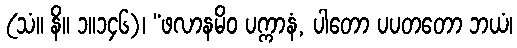
(သံ။ နိ။ ၁။၁၄၆)၊ “ဖလာနမိဝ ပက္ကာနံ, ပါတော ပပတတော ဘယံ၊